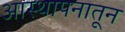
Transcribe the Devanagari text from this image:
आस्थापनातून